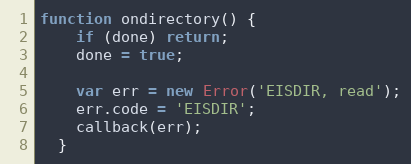
Language: JavaScript
function ondirectory() {
    if (done) return;
    done = true;

    var err = new Error('EISDIR, read');
    err.code = 'EISDIR';
    callback(err);
  }